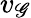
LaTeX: v_{\mathscr{G}}